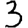
Digit: 3